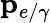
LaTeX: \mathbf{p}_{e/\gamma}